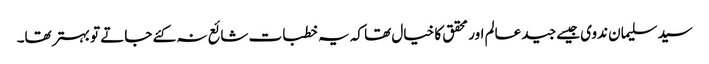
سید سلیمان ندوی جیسے جید عالم اور محقق کا خیال تھا کہ یہ خطبات شائع نہ کئے جاتے تو بہتر تھا۔